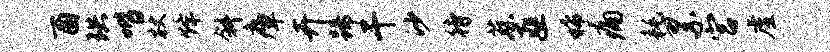
酉珙喈杖烽斜瘴卉蹄干沙待蔡匪稀痛耗累宫虚